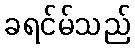
ခရင်မ်သည်